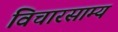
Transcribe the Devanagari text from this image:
विचारसाम्य